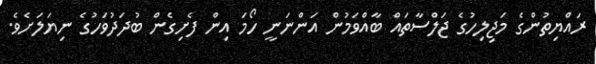
ރައްޔިތުންގެ މަޖިލިހުގެ ޖަލްސާތައް ބާއްވަމުން އަންނަނީ ހޯމަ އިން ފެށިގެން ބުދަދުވަހުގެ ނިޔަލަށެވެ.